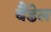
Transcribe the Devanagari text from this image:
बैंडेल